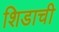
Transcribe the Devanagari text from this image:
शिडाची